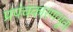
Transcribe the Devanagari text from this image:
प्रपंचकारणभूता